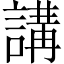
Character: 講